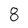
Character: 8